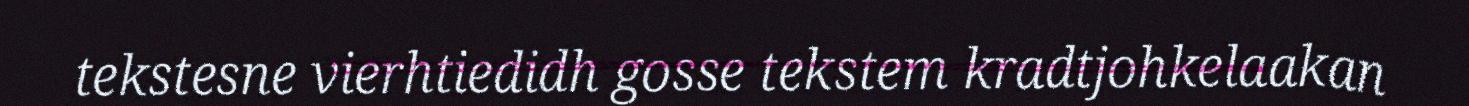
tekstesne vierhtiedidh gosse tekstem kradtjohkelaakan